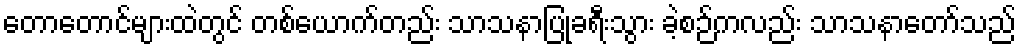
တောတောင်များထဲတွင် တစ်ယောက်တည်း သာသနာပြုခရီးသွား ခဲ့စဉ်ကလည်း သာသနာတော်သည်